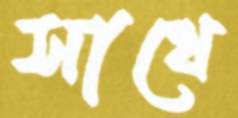
সাথে